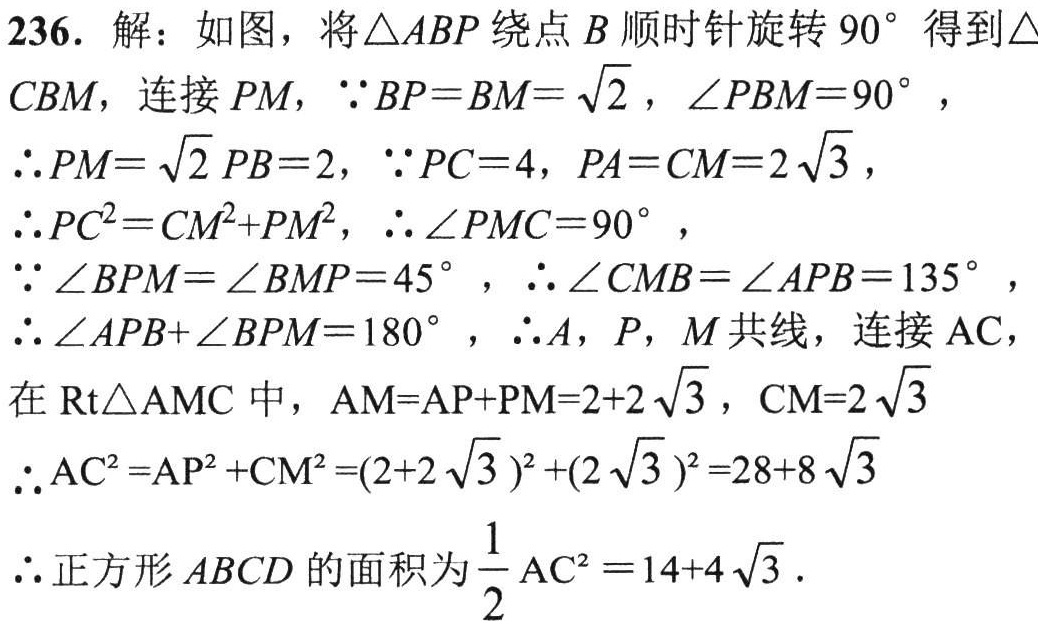
236. 解：如图，将\(\triangle ABP\)绕点\(B\)顺时针旋转\(90^{\circ}\)得到\(\triangle CBM\)，连接\(PM\)，\(\because BP = BM=\sqrt{2}\)，\(\angle PBM = 90^{\circ}\)，

\(\therefore PM=\sqrt{2}PB = 2\)，\(\because PC = 4\)，\(PA = CM = 2\sqrt{3}\)，

\(\therefore PC^{2}=CM^{2}+PM^{2}\)，\(\therefore \angle PMC = 90^{\circ}\)，

\(\because \angle BPM=\angle BMP = 45^{\circ}\)，\(\therefore \angle CMB=\angle APB = 135^{\circ}\)，

\(\therefore \angle APB+\angle BPM = 180^{\circ}\)，\(\therefore A\)，\(P\)，\(M\)共线，连接\(AC\)，

在\(\text{Rt}\triangle AMC\)中，\(AM = AP + PM=2 + 2\sqrt{3}\)，\(CM = 2\sqrt{3}\)

\(\therefore AC^{2}=AP^{2}+CM^{2}=(2 + 2\sqrt{3})^{2}+(2\sqrt{3})^{2}=28 + 8\sqrt{3}\)

\(\therefore\)正方形\(ABCD\)的面积为\(\dfrac{1}{2}AC^{2}=14 + 4\sqrt{3}\)．